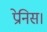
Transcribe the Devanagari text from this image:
प्रेनिस।